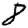
Digit: 8